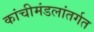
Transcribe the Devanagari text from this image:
कांचीमंडलांतर्गत